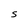
Character: S